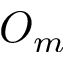
O _ { m }